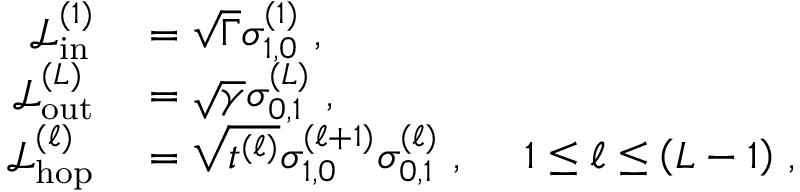
\begin{array} { r l } { \mathcal { L } _ { \mathrm { i n } } ^ { ( 1 ) } } & { { } = \sqrt { \Gamma } \sigma _ { 1 , 0 } ^ { ( 1 ) } \, \, , } \\ { \mathcal { L } _ { \mathrm { o u t } } ^ { ( L ) } } & { { } = \sqrt { \gamma } \sigma _ { 0 , 1 } ^ { ( L ) } \, \, , } \\ { \mathcal { L } _ { \mathrm { h o p } } ^ { ( \ell ) } } & { { } = \sqrt { t ^ { ( \ell ) } } \sigma _ { 1 , 0 } ^ { ( \ell + 1 ) } \sigma _ { 0 , 1 } ^ { ( \ell ) } \, \, , \ \ \ \ 1 \le \ell \le \left( L - 1 \right) \, , } \end{array}